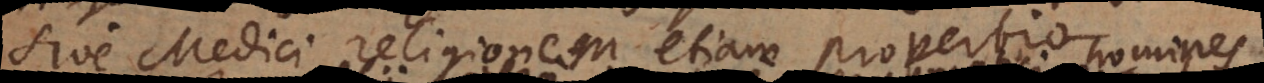
sive Medici religionem etiam proverbio